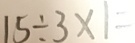
1 5 \div 3 \times 1 =